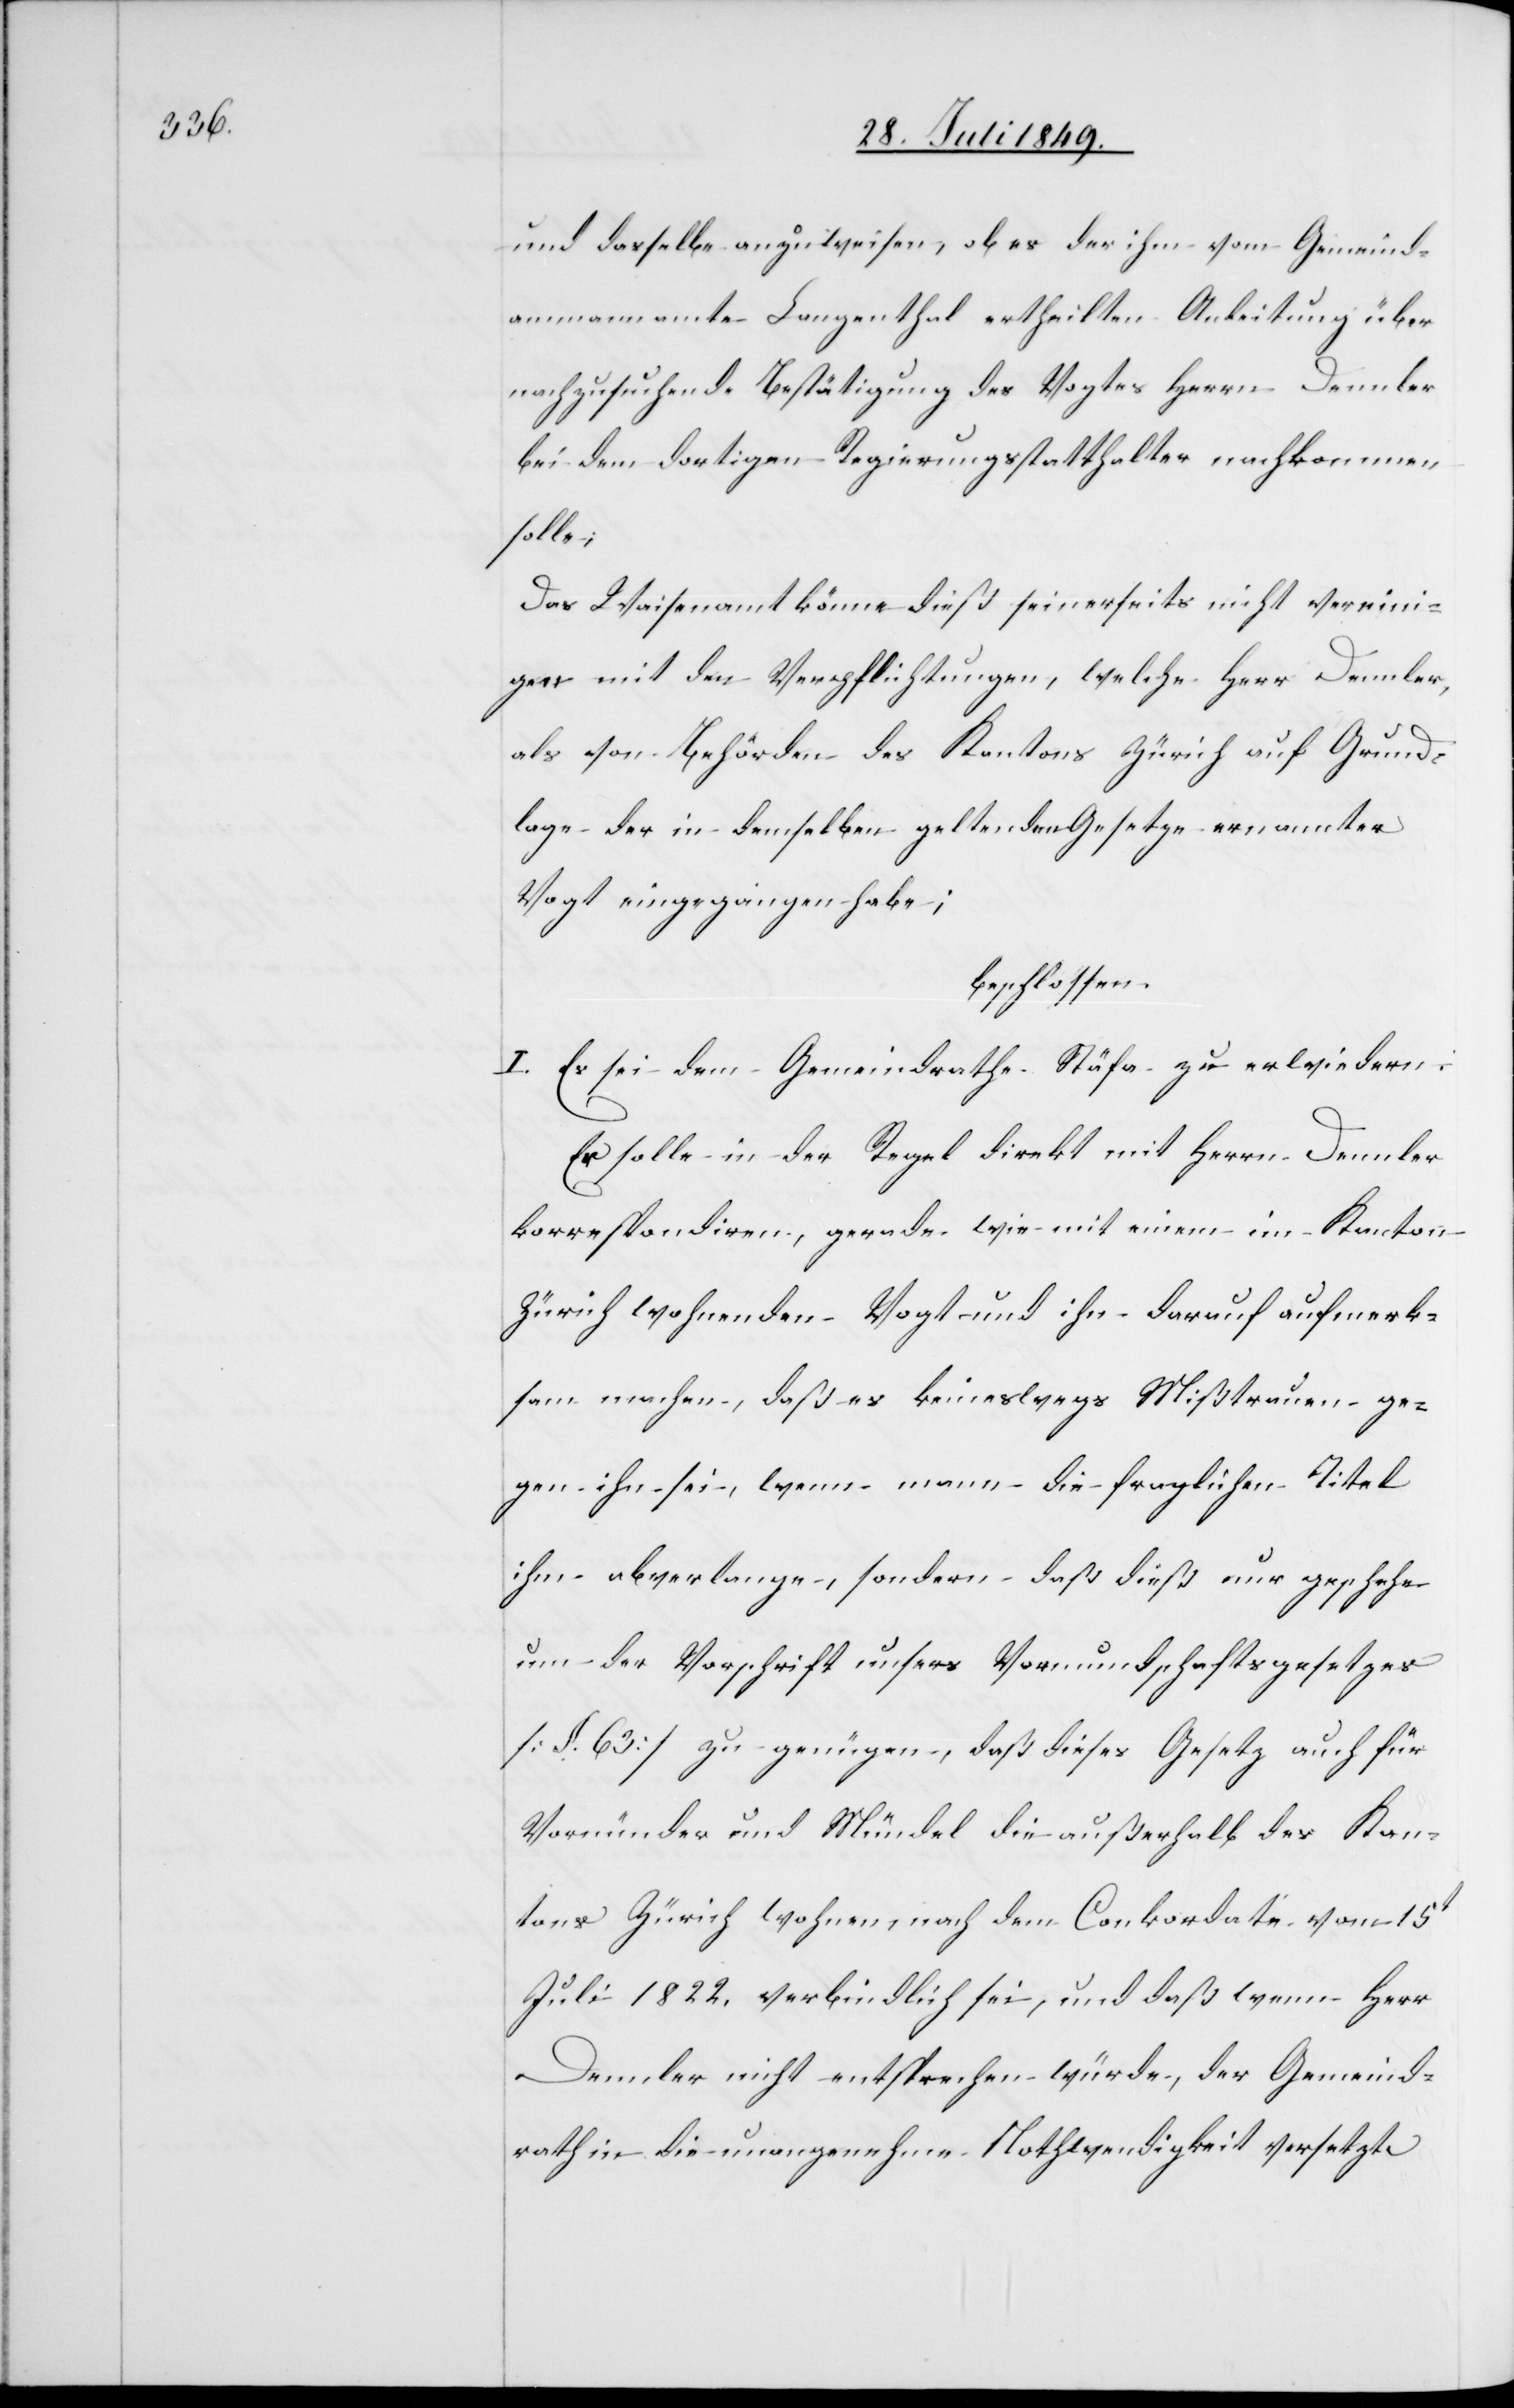
und dasselbe anzuweisen, ob es der ihm vom Gemeind¬
ammannamte Langenthal ertheilten Anleitung über
nachzusuchende Bestätigung des Vogtes Herren Dennler
bei dem dortigen Regierungsstatthalter nachkommen
solle;
Das Waisenamt könne dieß seinerseits nicht vereini¬
gen mit den Verpflichtungen, welche Herr Dennler,
als von Behörden des Kantons Zürich auf Grund¬
lage der in demselben geltenden Gesetze ernannter
Vogt eingegangen habe;
beschlossen:
I. Es sei dem Gemeindrathe Stäfa zu erwiedern:
Er solle in der Regel direkt mit Herrn Dennler
korrespondiren, gerade wie mit einem im Kanton
Zürich wohnenden Vogt und ihn darauf aufmerk¬
sam machen, daß es keineswegs Mißtrauen ge¬
gen ihn sei, wenn man die fraglichen Titel
ihm abverlange, sondern daß dieß nur geschehe
um der Vorschrift unsers [sic!] Vormundschaftsgesetzes
[§. 63] zu genügen, daß dieses Gesetz auch für
Vormünder und Mündel die außerhalb des Kan¬
tons Zürich wohnen, nach dem Conkordate vom 15t
Juli 1822. verbindlich sei, und daß wenn Herr
Dennler nicht entsprechen würde, der Gemeind¬
rath in die unangenehme Nothwendigkeit versetzt